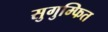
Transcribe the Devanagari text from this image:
सुगुम्फित